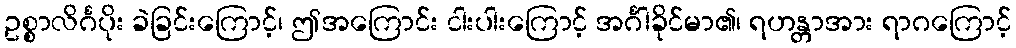
ဥစ္စာလိင်္ဂပိုး ခဲခြင်းကြောင့်၊ ဤအကြောင်း ငါးပါးကြောင့် အင်္ဂါခိုင်မာ၏၊ ရဟန္တာအား ရာဂကြောင့်